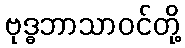
ဗုဒ္ဓဘာသာဝင်တို့